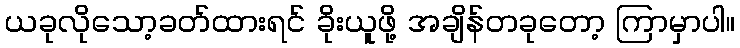
ယခုလိုသော့ခတ်ထားရင် ခိုးယူဖို့ အချိန်တခုတော့ ကြာမှာပါ။